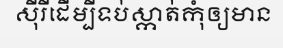
ស៊ីរីដើម្បីទប់ស្កាត់កុំឲ្យមាន